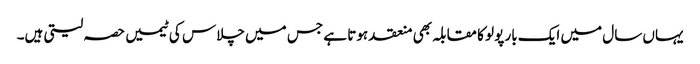
یہاں سال میں ایک بار پولو کا مقابلہ بھی منعقد ہوتا ہے جس میں چلاس کی ٹیمیں حصہ لیتی ہیں۔